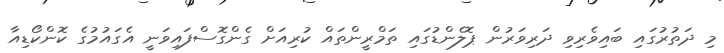
މި ދަތުރުގައި ބައިވެރިވި ދަރިވަރުން ޕޮލެންޑުގައި ތަމްރީންތައް ކުރިއަށް ގެންގޮސްފައިވަނީ އެގައުމުގެ ކޮންކޯޑިއާ